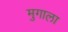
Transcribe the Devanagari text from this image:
मुगाला